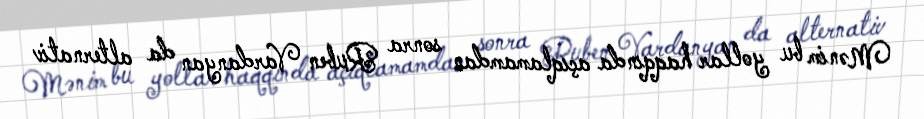
Mənim bu yollar haqqında açıqlamamdan sonra Ruben Vardanyan da alternativ